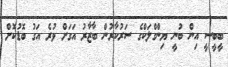
ބީބީސީ އިން ބުނީ ޔިންގްލަކްގެ ސަރުކާރުން ބާޒާރު އަގަށް ވުރެ އަގު ބޮޑުކޮށް